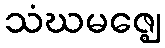
သံဃမဇ္ဈေ